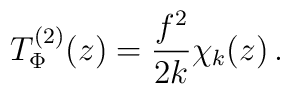
T_\Phi^{(2)}(z)=\frac{f^2}{2k}\chi_k(z)\,.